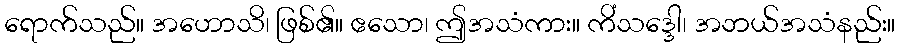
ရောက်သည်။ အဟောသိ၊ ဖြစ်၏။ ဧသော၊ ဤအသံကား။ ကိံသဒ္ဒေါ၊ အဘယ်အသံနည်း။